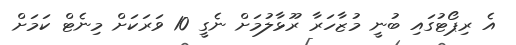
އެ ރިޕޯޓުގައި ބުނީ މުޒާހަރާ ރޫޅާލުމަށް ނެގީ 10 ވަރަކަށް މިނެޓް ކަމަށް